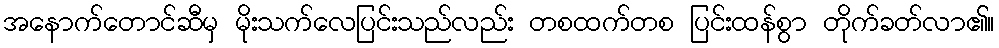
အနောက်တောင်ဆီမှ မိုးသက်လေပြင်းသည်လည်း တစထက်တစ ပြင်းထန်စွာ တိုက်ခတ်လာ၏။